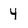
Character: 4